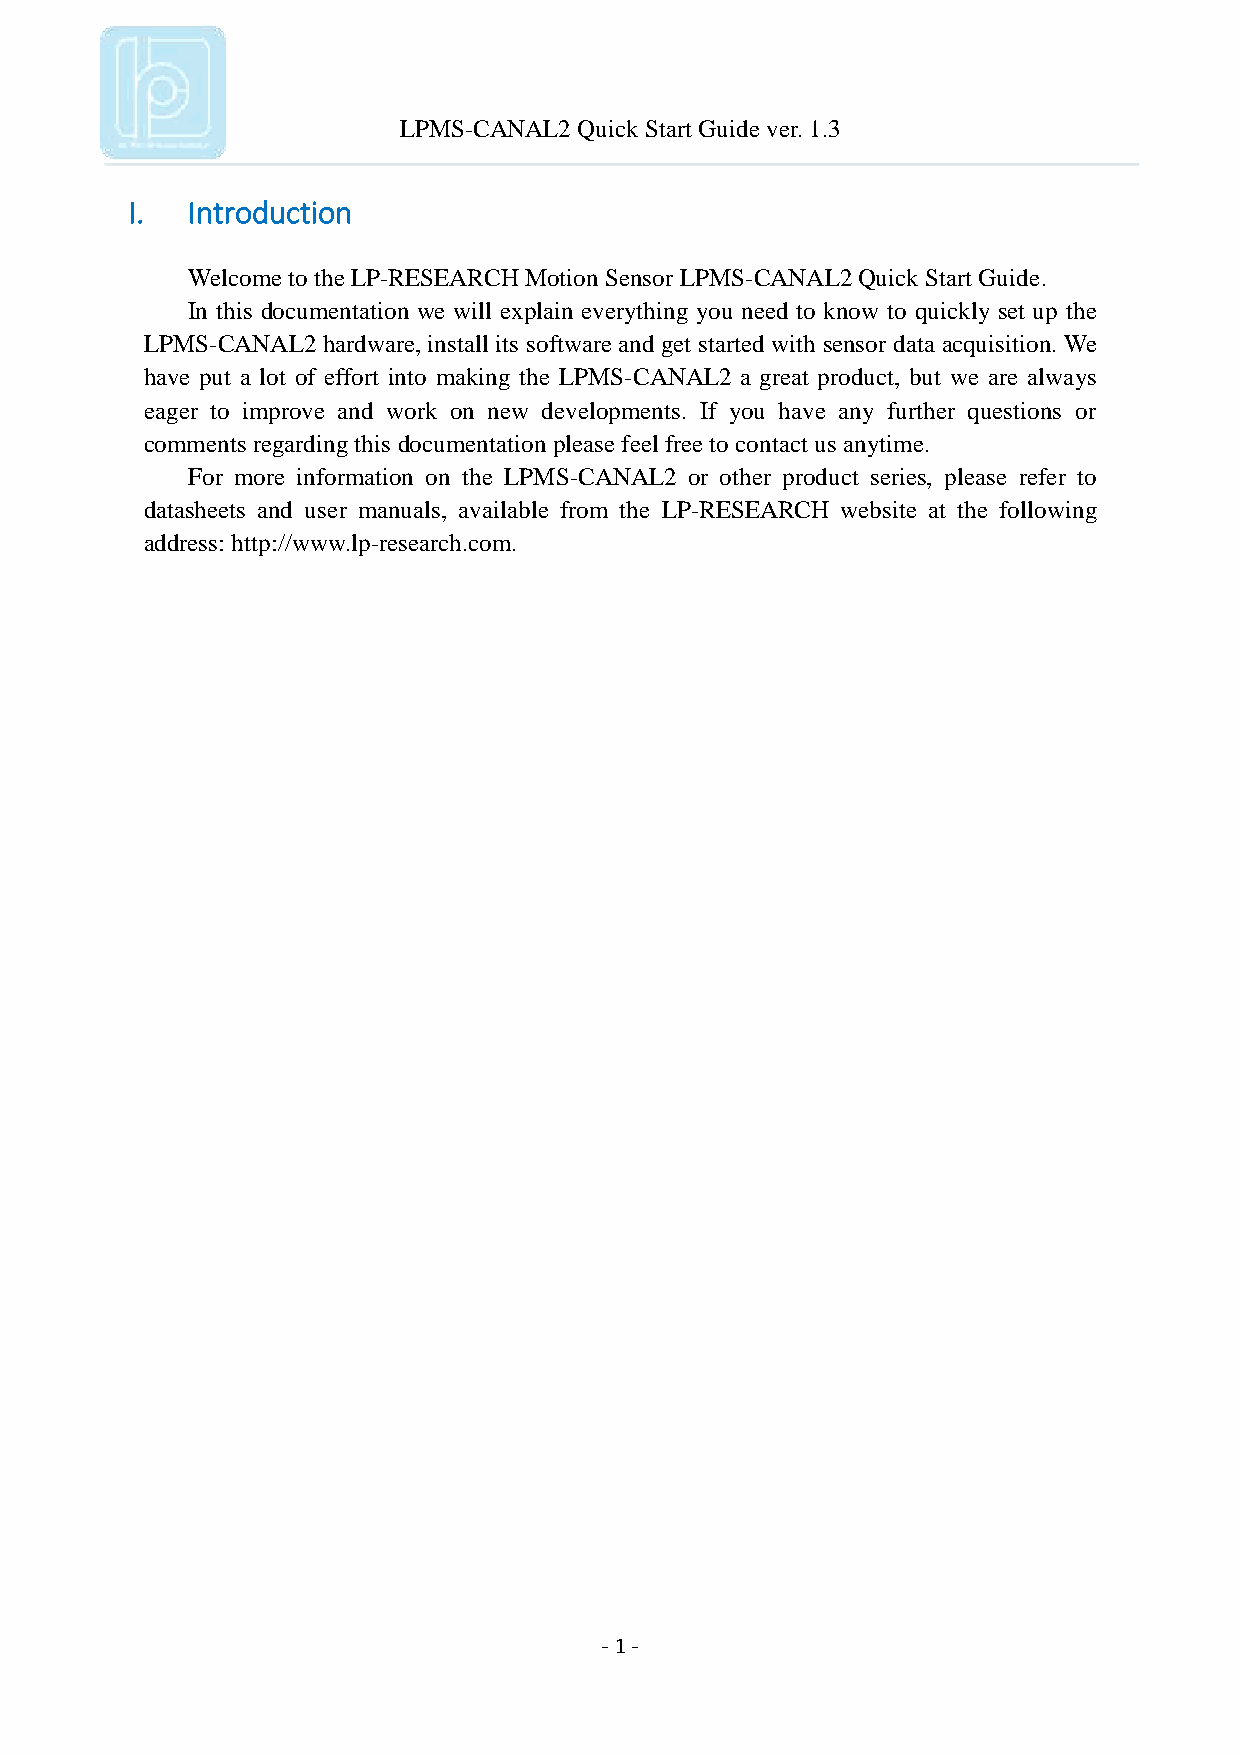
LPMS-CANAL2 Quick Start Guide ver. 1.3
 I.  Introduction
 Welcome to the LP-RESEARCH Motion Sensor LPMS-CANAL2 Quick Start Guide.
 In this documentation we will explain everything you need to know to quickly set up the
 LPMS-CANAL2 hardware, install its software and get started with sensor data acquisition. We
 have put a lot of effort into making the LPMS-CANAL2 a great product, but we are always
 eager to improve and work on new developments. If you have any further questions or
 comments regarding this documentation please feel free to contact us anytime.
 For more information on the LPMS-CANAL2 or other product series, please refer to
 datasheets and user manuals, available from the LP-RESEARCH website at the following
 address: http://www.lp-research.com.
 - 1 -